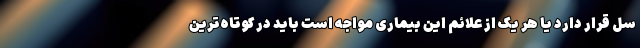
سل قرار دارد یا هر یک از علائم این بیماری مواجه است باید در کوتاه‌ترین